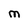
Character: M